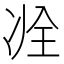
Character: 𠗎